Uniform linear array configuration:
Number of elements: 64
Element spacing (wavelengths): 0.5
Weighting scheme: exponential
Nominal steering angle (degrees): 45
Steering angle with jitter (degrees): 45.637
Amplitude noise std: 0.05
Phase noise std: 0.05

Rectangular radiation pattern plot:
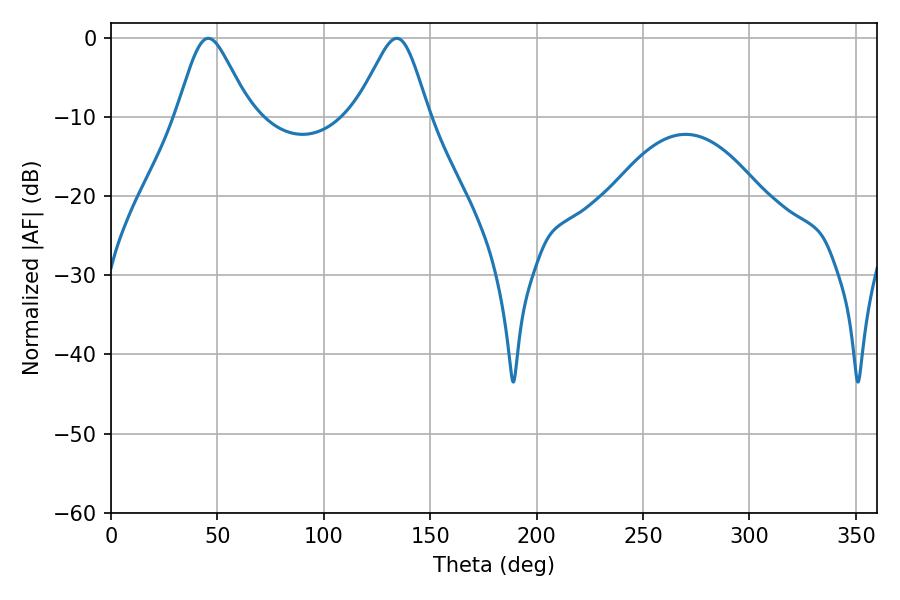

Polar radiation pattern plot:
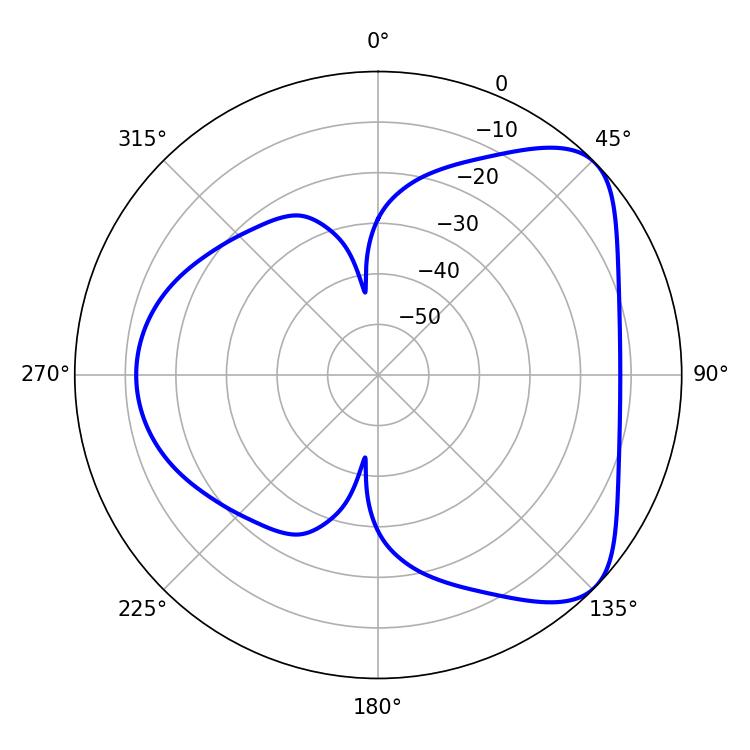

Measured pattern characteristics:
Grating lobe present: FALSE
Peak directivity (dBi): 5.97
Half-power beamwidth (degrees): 16.56
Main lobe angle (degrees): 45.72